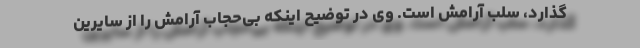
گذارد، سلب آرامش است. وی در توضیح اینکه بی‌حجاب آرامش را از سایرین